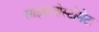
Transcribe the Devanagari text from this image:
साइक्लोस्टोमेटा